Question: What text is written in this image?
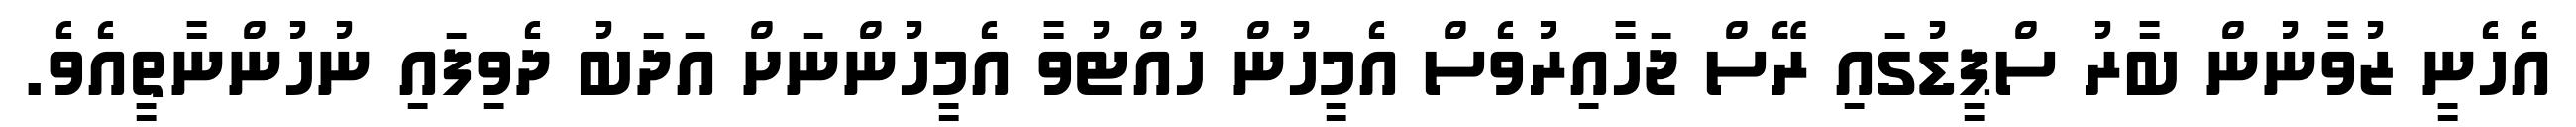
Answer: އެހެނީ ޒުވާނުން ބާރު ސްޕީޑުގައި ރޭސް ޖަހާއިރުވެސް އެމީހުން ހުއްޓުވާ އެމީހުންނަށް އަދަބު ދެވިފައި ނުހުންނާތީއެވެ.